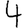
Digit: 4